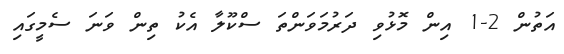
އަތުން 2-1 އިން މޮޅުވި ދަރުމަވަންތަ ސްކޫލާ އެކު ތިން ވަނަ ސެމީގައި